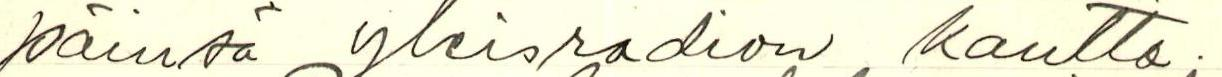
päinsä yleisradion kautta.